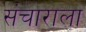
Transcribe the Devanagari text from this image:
संचाराला